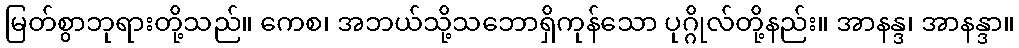
မြတ်စွာဘုရားတို့သည်။ ကေစ၊ အဘယ်သို့သဘောရှိကုန်သော ပုဂ္ဂိုလ်တို့နည်း။ အာနန္ဒ၊ အာနန္ဒာ။